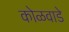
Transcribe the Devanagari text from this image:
कोळवाडे